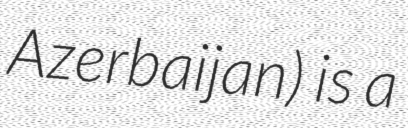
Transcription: Azerbaijan) is a